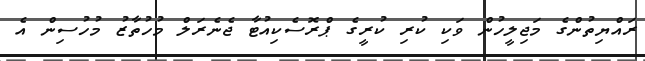
ރައްޔިތުންގެ މަޖިލީހުން ވަކި ކުރި ކުރީގެ ޕްރޮސެކިއުޓާ ޖެނެރަލް މުހުތާޒު މުހުސިން އެ